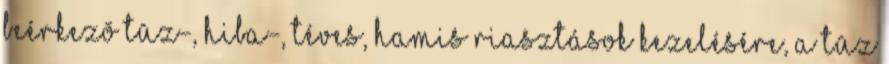
beérkezõ tûz-, hiba-, téves, hamis riasztások kezelésére, a tûz